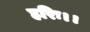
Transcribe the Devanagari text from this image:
हरिः।।